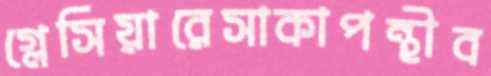
গ্লেসিয়ারেসাকাপন্থীব